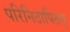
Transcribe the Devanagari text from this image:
परिनिठापितम्